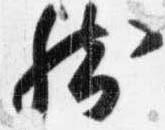
然